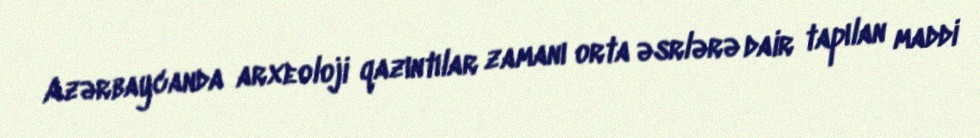
Azərbaycanda arxeoloji qazıntılar zamanı orta əsrlərə dair tapılan maddi